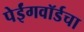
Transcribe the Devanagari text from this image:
पेईंगवॉर्डचा